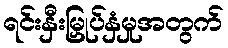
ရင်းနှီးမြှုပ်နှံမှုအတွက်